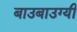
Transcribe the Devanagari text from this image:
बाउबाउग्यी